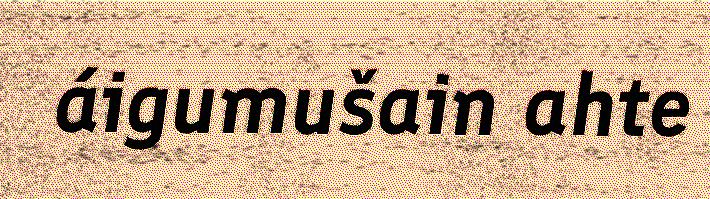
áigumušain ahte